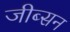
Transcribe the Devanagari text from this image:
जीब्सन